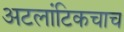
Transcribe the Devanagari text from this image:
अटलांटिकचाच